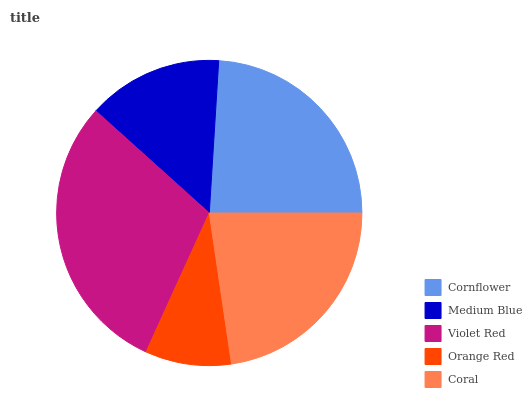
| Cornflower | Medium Blue | Violet Red | Orange Red | Coral |
 | --- | --- | --- | --- | --- |
 | 24% | 14.3% | 29.9% | 9.12% | 22.6% |